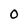
Character: 0